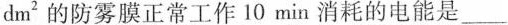
dm^{2}的防雾膜正常工作10 min 消耗的电能是___